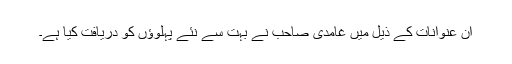
ان عنوانات کے ذیل میں غامدی صاحب نے بہت سے نئے پہلوؤں کو دریافت کیا ہے۔